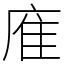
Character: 㢈